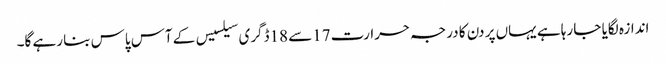
اندازہ لگایا جا رہا ہے یہاں پر دن کا درجہ حرارت 17سے 18ڈگری سیلسیس کے آس پاس بنا رہے گا۔